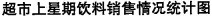
超市上星期饮料销售情况统计图